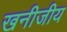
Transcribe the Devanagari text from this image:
खनीजीय